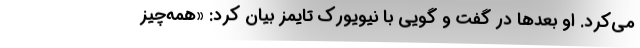
می‌کرد. او بعد‌ها در گفت و گویی با نیویورک تایمز بیان کرد: «همه‌چیز